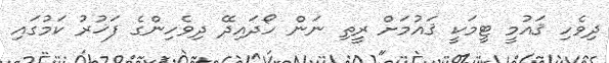
ދިވެހި ޤައުމީ ޓީމަކީ ޤައުމަށް ރީތި ނަން ހޯދައިދޭ ދިވެހިންގެ ފަޚުރު ކަމުގައި